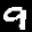
Label: 9